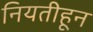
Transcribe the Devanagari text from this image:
नियतीहून